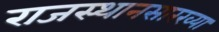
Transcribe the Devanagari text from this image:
राजस्थानसारख्या